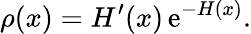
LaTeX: \rho(x)=H^{\prime}(x)\, \mathrm{e}^{-H(x)}.